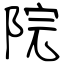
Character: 院